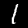
Digit: 1